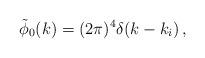
LaTeX: \begin{align*}\tilde{\phi}_0 (k) = (2 \pi )^4 \delta(k - k_i ) \, ,\end{align*}